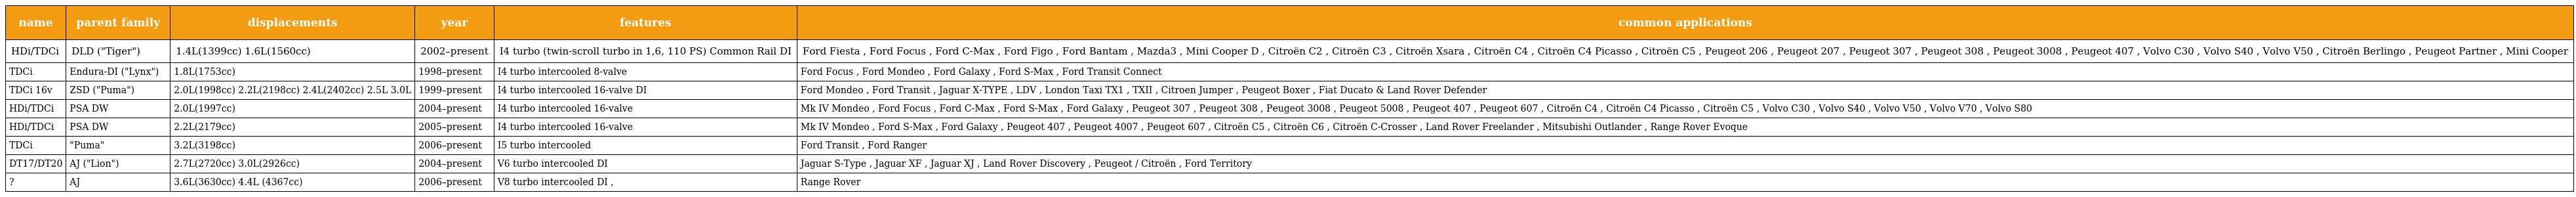
| name | parent family | displacements | year | features | common applications |
 | --- | --- | --- | --- | --- | --- |
 | HDi/TDCi | DLD ("Tiger") | 1.4L(1399cc) 1.6L(1560cc) | 2002–present | I4 turbo (twin-scroll turbo in 1,6, 110 PS) Common Rail DI | Ford Fiesta , Ford Focus , Ford C-Max , Ford Figo , Ford Bantam , Mazda3 , Mini Cooper D , Citroën C2 , Citroën C3 , Citroën Xsara , Citroën C4 , Citroën C4 Picasso , Citroën C5 , Peugeot 206 , Peugeot 207 , Peugeot 307 , Peugeot 308 , Peugeot 3008 , Peugeot 407 , Volvo C30 , Volvo S40 , Volvo V50 , Citroën Berlingo , Peugeot Partner , Mini Cooper |
 | TDCi | Endura-DI ("Lynx") | 1.8L(1753cc) | 1998–present | I4 turbo intercooled 8-valve | Ford Focus , Ford Mondeo , Ford Galaxy , Ford S-Max , Ford Transit Connect |
 | TDCi 16v | ZSD ("Puma") | 2.0L(1998cc) 2.2L(2198cc) 2.4L(2402cc) 2.5L 3.0L | 1999–present | I4 turbo intercooled 16-valve DI | Ford Mondeo , Ford Transit , Jaguar X-TYPE , LDV , London Taxi TX1 , TXII , Citroen Jumper , Peugeot Boxer , Fiat Ducato & Land Rover Defender |
 | HDi/TDCi | PSA DW | 2.0L(1997cc) | 2004–present | I4 turbo intercooled 16-valve | Mk IV Mondeo , Ford Focus , Ford C-Max , Ford S-Max , Ford Galaxy , Peugeot 307 , Peugeot 308 , Peugeot 3008 , Peugeot 5008 , Peugeot 407 , Peugeot 607 , Citroën C4 , Citroën C4 Picasso , Citroën C5 , Volvo C30 , Volvo S40 , Volvo V50 , Volvo V70 , Volvo S80 |
 | HDi/TDCi | PSA DW | 2.2L(2179cc) | 2005–present | I4 turbo intercooled 16-valve | Mk IV Mondeo , Ford S-Max , Ford Galaxy , Peugeot 407 , Peugeot 4007 , Peugeot 607 , Citroën C5 , Citroën C6 , Citroën C-Crosser , Land Rover Freelander , Mitsubishi Outlander , Range Rover Evoque |
 | TDCi | "Puma" | 3.2L(3198cc) | 2006–present | I5 turbo intercooled | Ford Transit , Ford Ranger |
 | DT17/DT20 | AJ ("Lion") | 2.7L(2720cc) 3.0L(2926cc) | 2004–present | V6 turbo intercooled DI | Jaguar S-Type , Jaguar XF , Jaguar XJ , Land Rover Discovery , Peugeot / Citroën , Ford Territory |
 | ? | AJ | 3.6L(3630cc) 4.4L (4367cc) | 2006–present | V8 turbo intercooled DI , | Range Rover |